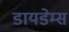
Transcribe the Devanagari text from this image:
डायडेम्स